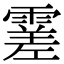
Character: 𩄝